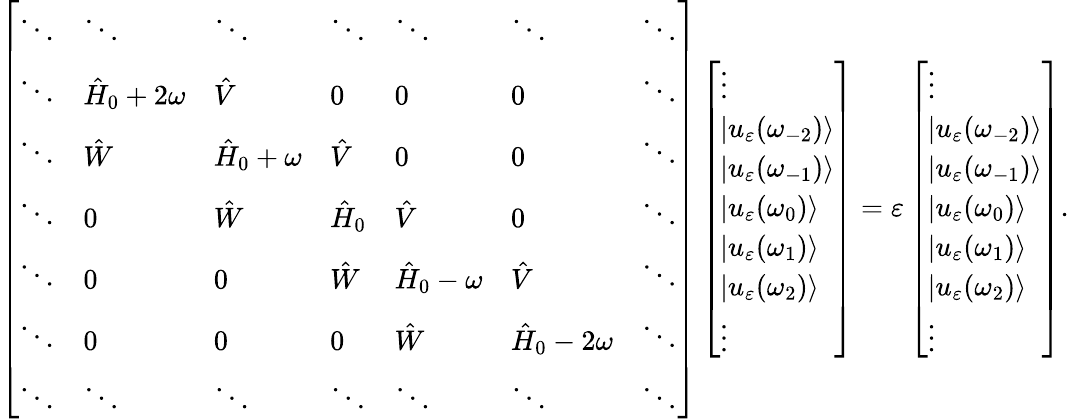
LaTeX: \left[\begin{array}{lllllll}{\ddots}&{\ddots}&{\ddots}&{\ddots}&{\ddots}&{\ddots}&{\ddots}\\ {\ddots}&{\hat{H}_{0}+2\omega}&{\hat{V}}&{0}&{0}&{0}&{\ddots}\\ {\ddots}&{\hat{W}}&{\hat{H}_{0}+\omega}&{\hat{V}}&{0}&{0}&{\ddots}\\ {\ddots}&{0}&{\hat{W}}&{\hat{H}_{0}}&{\hat{V}}&{0}&{\ddots}\\ {\ddots}&{0}&{0}&{\hat{W}}&{\hat{H}_{0}-\omega}&{\hat{V}}&{\ddots}\\ {\ddots}&{0}&{0}&{0}&{\hat{W}}&{\hat{H}_{0}-2\omega}&{\ddots}\\ {\ddots}&{\ddots}&{\ddots}&{\ddots}&{\ddots}&{\ddots}&{\ddots}\end{array}\right]\left[\begin{array}{l}{\vdots}\\ {|u_{\varepsilon}(\omega_{-2})\rangle}\\ {|u_{\varepsilon}(\omega_{-1})\rangle}\\ {|u_{\varepsilon}(\omega_{0})\rangle}\\ {|u_{\varepsilon}(\omega_{1})\rangle}\\ {|u_{\varepsilon}(\omega_{2})\rangle}\\ {\vdots}\end{array}\right]=\varepsilon\left[\begin{array}{l}{\vdots}\\ {|u_{\varepsilon}(\omega_{-2})\rangle}\\ {|u_{\varepsilon}(\omega_{-1})\rangle}\\ {|u_{\varepsilon}(\omega_{0})\rangle}\\ {|u_{\varepsilon}(\omega_{1})\rangle}\\ {|u_{\varepsilon}(\omega_{2})\rangle}\\ {\vdots}\end{array}\right].